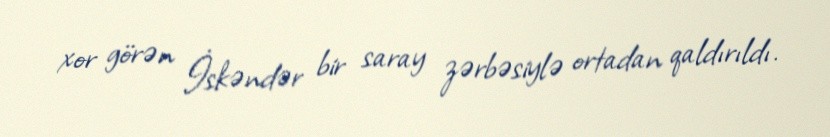
xor görən İskəndər bir saray zərbəsiylə ortadan qaldırıldı.